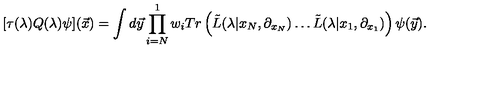
[ \tau ( \lambda ) Q ( \lambda ) \psi ] ( { \vec { x } } ) = \int d { \vec { y } } \prod _ { i = N } ^ { 1 } w _ { i } T r \left( { \tilde { L } } ( \lambda | x _ { N } , \partial _ { x _ { N } } ) \ldots { \tilde { L } } ( \lambda | x _ { 1 } , \partial _ { x _ { 1 } } ) \right) \psi ( { \vec { y } } ) .